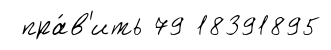
пра́в'ить 79 18391895